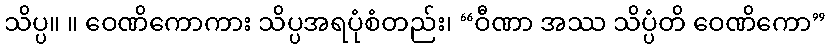
သိပ္ပ။ ။ ဝေဏိကောကား သိပ္ပအရပုံစံတည်း၊ “ဝီဏာ အဿ သိပ္ပံတိ ဝေဏိကော”